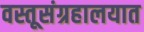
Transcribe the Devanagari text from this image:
वस्तूसंग्रहालयात